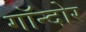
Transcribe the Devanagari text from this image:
गॉन्दोर